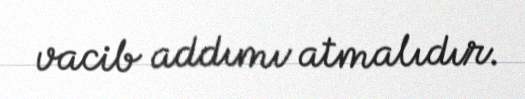
vacib addımı atmalıdır.